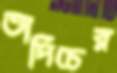
তাদিচের